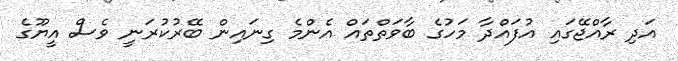
އަދި ރާއްޖޭގައި އުފައްދާ މަހުގެ ބާވަތްތައް އެންމެ ގިނައިން ބޭރުކުރަނީ ވެސް އީޔޫގެ